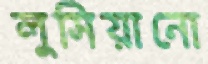
লুসিয়ানো